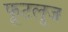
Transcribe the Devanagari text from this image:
फूटलूज